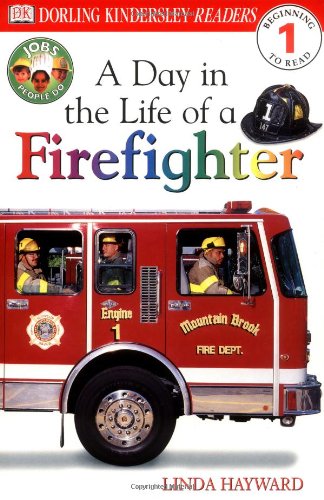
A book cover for DK Readers: Jobs People Do -- A Day in a Life of a Firefighter (Level 1: Beginning to Read); Linda Hayward; Children's Books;